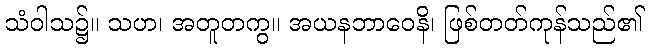
သံဝါသ၌။ သဟ၊ အတူတကွ။ အယနဘာဝေနိ၊ ဖြစ်တတ်ကုန်သည်၏